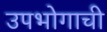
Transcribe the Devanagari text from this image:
उपभोगाची